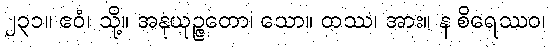
၂၃၁။ ဧဝံ၊ သို့။ အနုယုဉ္ဇတော၊ သော။ တဿ၊ အား။ န စိရေဿဝ၊